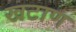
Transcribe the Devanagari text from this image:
खटाण